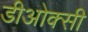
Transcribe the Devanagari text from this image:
डीओक्सी